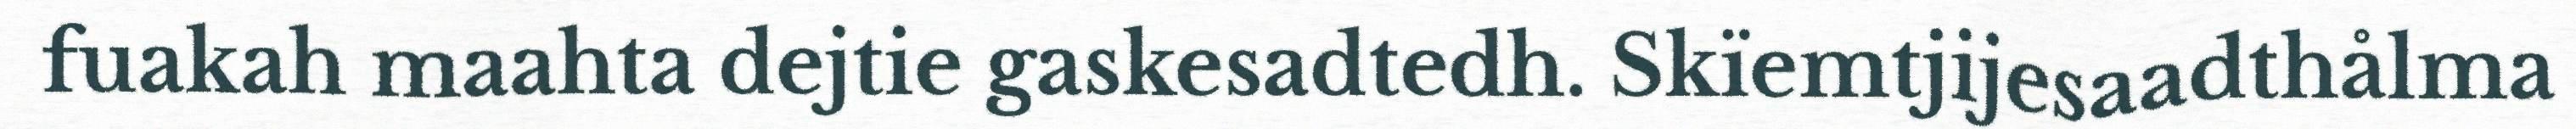
fuakah maahta dejtie gaskesadtedh. Skïemtjijesaadthålma